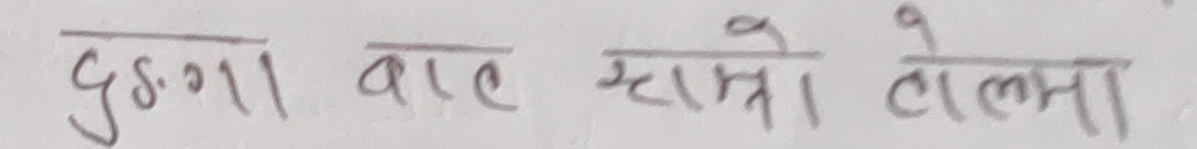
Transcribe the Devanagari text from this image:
दुंगा । वाल म्यात्रे टोल्मा